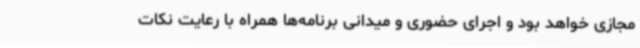
مجازی خواهد بود و اجرای حضوری و میدانی برنامه‌ها همراه با رعایت نکات